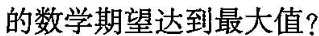
的数学期望达到最大值?